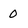
Character: 0